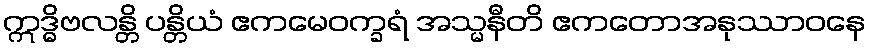
ဣဒ္ဓိဗလန္တိ ပန္တိယံ ဧကမေဝက္ခရံ အသ္မနီတိ ဧကတောအနုဿာဝနေ